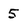
Character: 5